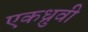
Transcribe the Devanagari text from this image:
एकध्रुवी